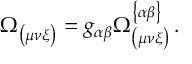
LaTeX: \Omega _ { \left( \mu \nu \xi \right) } = g _ { \alpha \beta } \Omega _ { \left( \mu \nu \xi \right) } ^ { \left\{ \alpha \beta \right\} } \, .